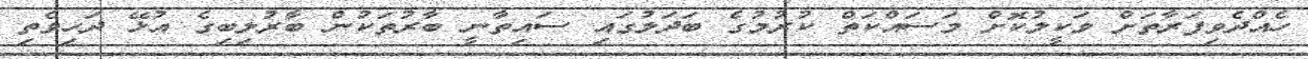
ހެއްދެވިފަރާތަށް ވަކީލުކޮށް މަސައްކަތް ކުރުމުގެ ބަދަލުގައި ސައިތާނީ ބާރުތަކުން ބާރުލިބިގެ އުޅޭ ދަހިވެތި